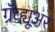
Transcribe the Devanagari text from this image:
ग्रॅव्ह्यूअर